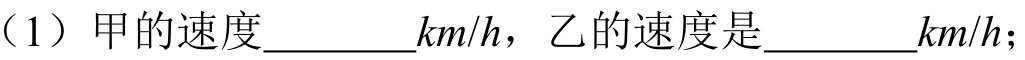
（1）甲的速度\underline{\qquad} \(km/h\)，乙的速度是\underline{\qquad} \(km/h\)；